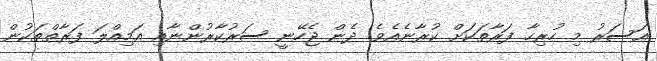
އަސަރު މި ހުރިހާ ފަރާތަކަށް ކުރާނެއެވެ. ދެން ޖެހޭނީ ސަރުކާރުންނާއި އަމިއްލަ ފަރާތްތަކުން